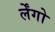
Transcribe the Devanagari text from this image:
र्लेंगो